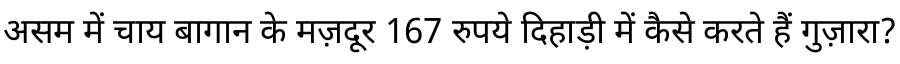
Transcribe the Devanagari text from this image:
असम में चाय बागान के मज़दूर 167 रुपये दिहाड़ी में कैसे करते हैं गुज़ारा?